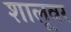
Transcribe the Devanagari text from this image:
शालूवर